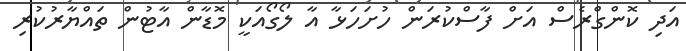
އަދި ކޮންގްރެސް އަށް ފާސްކުރަން ހުށަހަޅާ އާ ލޯގޯއަކީ މޮޑާން އާޓުން ތައްޔާރުކުރި